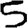
Digit: 5